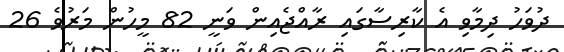
ދުވަހު ދިމާވި އެ ކާރިސާގައި ރާއްޖެއިން ވަނީ 82 މީހުން މަރުވެ 26